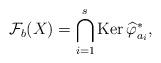
LaTeX: \begin{gather*}\mathcal{F}_{b}(X)=\bigcap_{i=1}^{s}\mbox{Ker}\,\widehat{\varphi}_{a_{i}}^{*},\end{gather*}